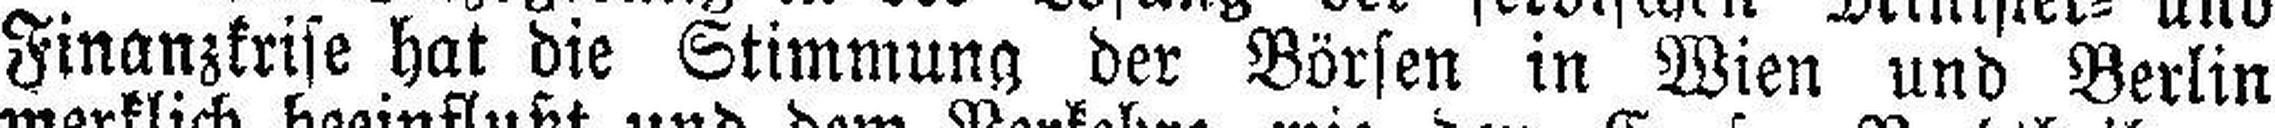
Finanzkrise hat die Stimmung der Börsen in Wien und Berlin